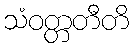
သံဝတ္တတီတိ